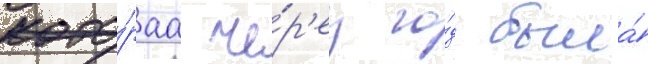
кото́раа че́р'ез го́д была́